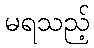
မရသည့်